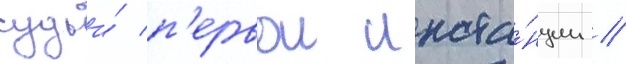
судьи́ п'ервои инста́нции //